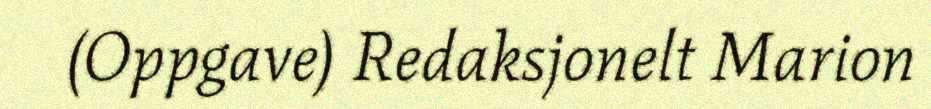
(Oppgave) Redaksjonelt Marion